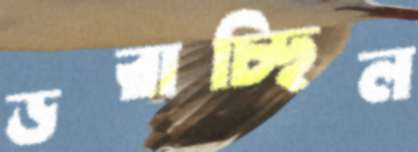
ডরাচ্ছিল